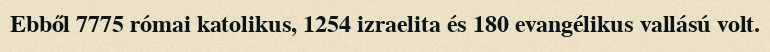
Ebből 7775 római katolikus, 1254 izraelita és 180 evangélikus vallású volt.